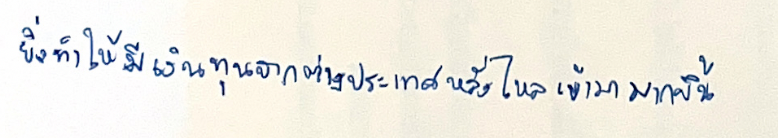
ยิ่งทำให้มีเงินทุนจากต่างประเทศหลั่งไหลเข้ามามากขึ้น